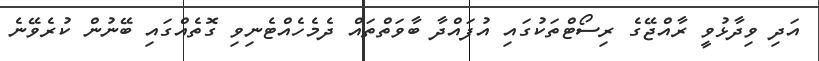
އަދި ވިދާޅުވީ ރާއްޖޭގެ ރިސޯޓްތަކުގައި އުފައްދާ ބާވަތްތައް ދެމެހެއްޓެނިވި ގޮތެއްގައި ބޭނުން ކުރެވޭނެ